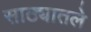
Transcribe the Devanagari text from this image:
साठ्यातले